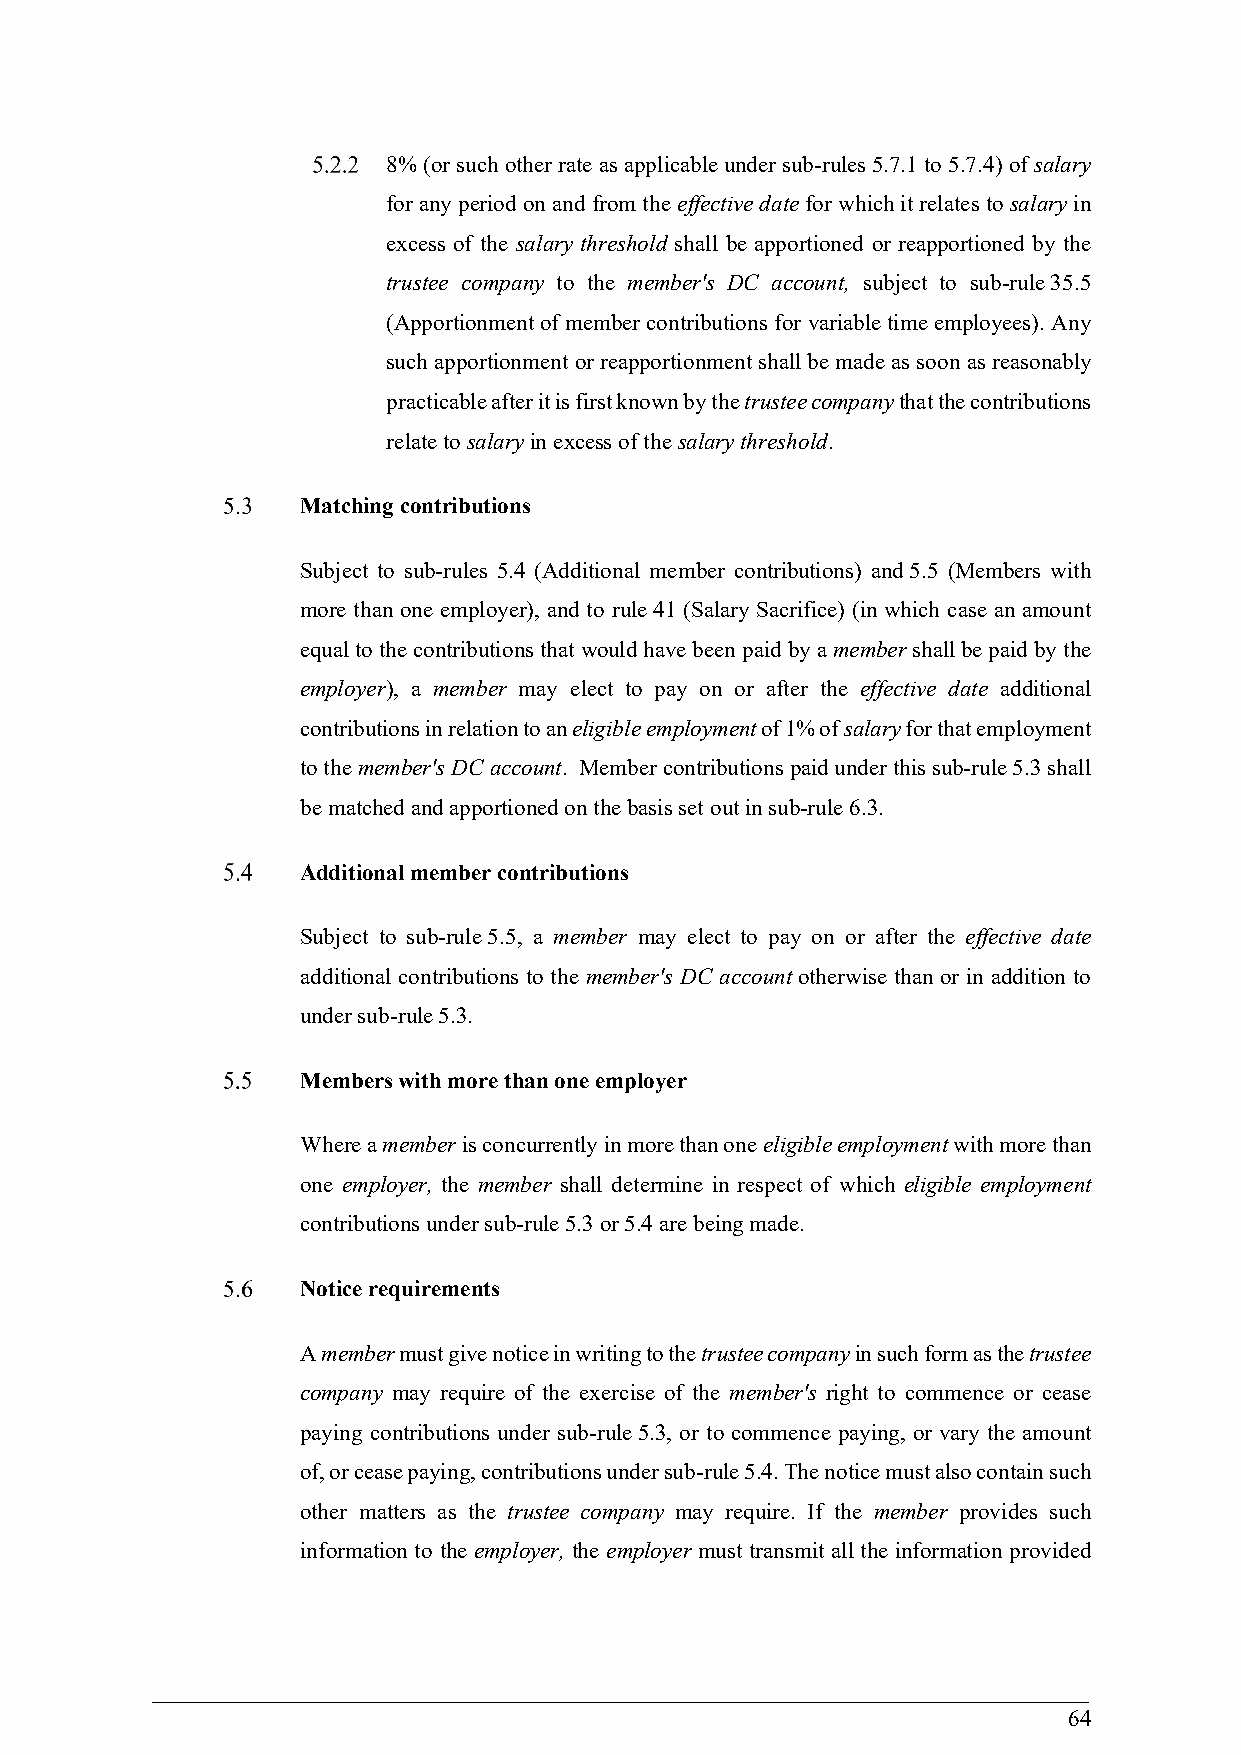
8% (or such other rate as applicable under sub-rules 5.7.1 to 5.7.4) of salary
 for any period on and from the effective date for which it relates to salary in
 excess of the salary threshold shall be apportioned or reapportioned by the
 trustee company to the member's DC account, subject to sub-rule 35.5
 (Apportionment of member contributions for variable time employees). Any
 such apportionment or reapportionment shall be made as soon as reasonably
 practicable after it is first known by the trustee company that the contributions
 relate to salary in excess of the salary threshold.
 Matching contributions
 Subject to sub-rules 5.4 (Additional member contributions) and 5.5 (Members with
 more than one employer), and to rule 41 (Salary Sacrifice) (in which case an amount
 equal to the contributions that would have been paid by a member shall be paid by the
 employer), a member may elect to pay on or after the effective date additional
 contributions in relation to an eligible employment of 1% of salary for that employment
 to the member's DC account. Member contributions paid under this sub-rule 5.3 shall
 be matched and apportioned on the basis set out in sub-rule 6.3.
 Additional member contributions
 Subject to sub-rule 5.5, a member may elect to pay on or after the effective date
 additional contributions to the member's DC account otherwise than or in addition to
 under sub-rule 5.3.
 Members with more than one employer
 Where a member is concurrently in more than one eligible employment with more than
 one employer, the member shall determine in respect of which eligible employment
 contributions under sub-rule 5.3 or 5.4 are being made.
 Notice requirements
 A member must give notice in writing to the trustee company in such form as the trustee
 company may require of the exercise of the member's right to commence or cease
 paying contributions under sub-rule 5.3, or to commence paying, or vary the amount
 of, or cease paying, contributions under sub-rule 5.4. The notice must also contain such
 other matters as the trustee company may require. If the member provides such
 information to the employer, the employer must transmit all the information provided
 64